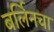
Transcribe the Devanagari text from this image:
बर्लिनचा